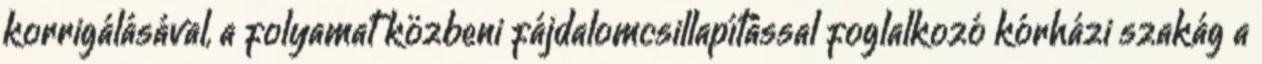
korrigálásával, a folyamat közbeni fájdalomcsillapítással foglalkozó kórházi szakág a